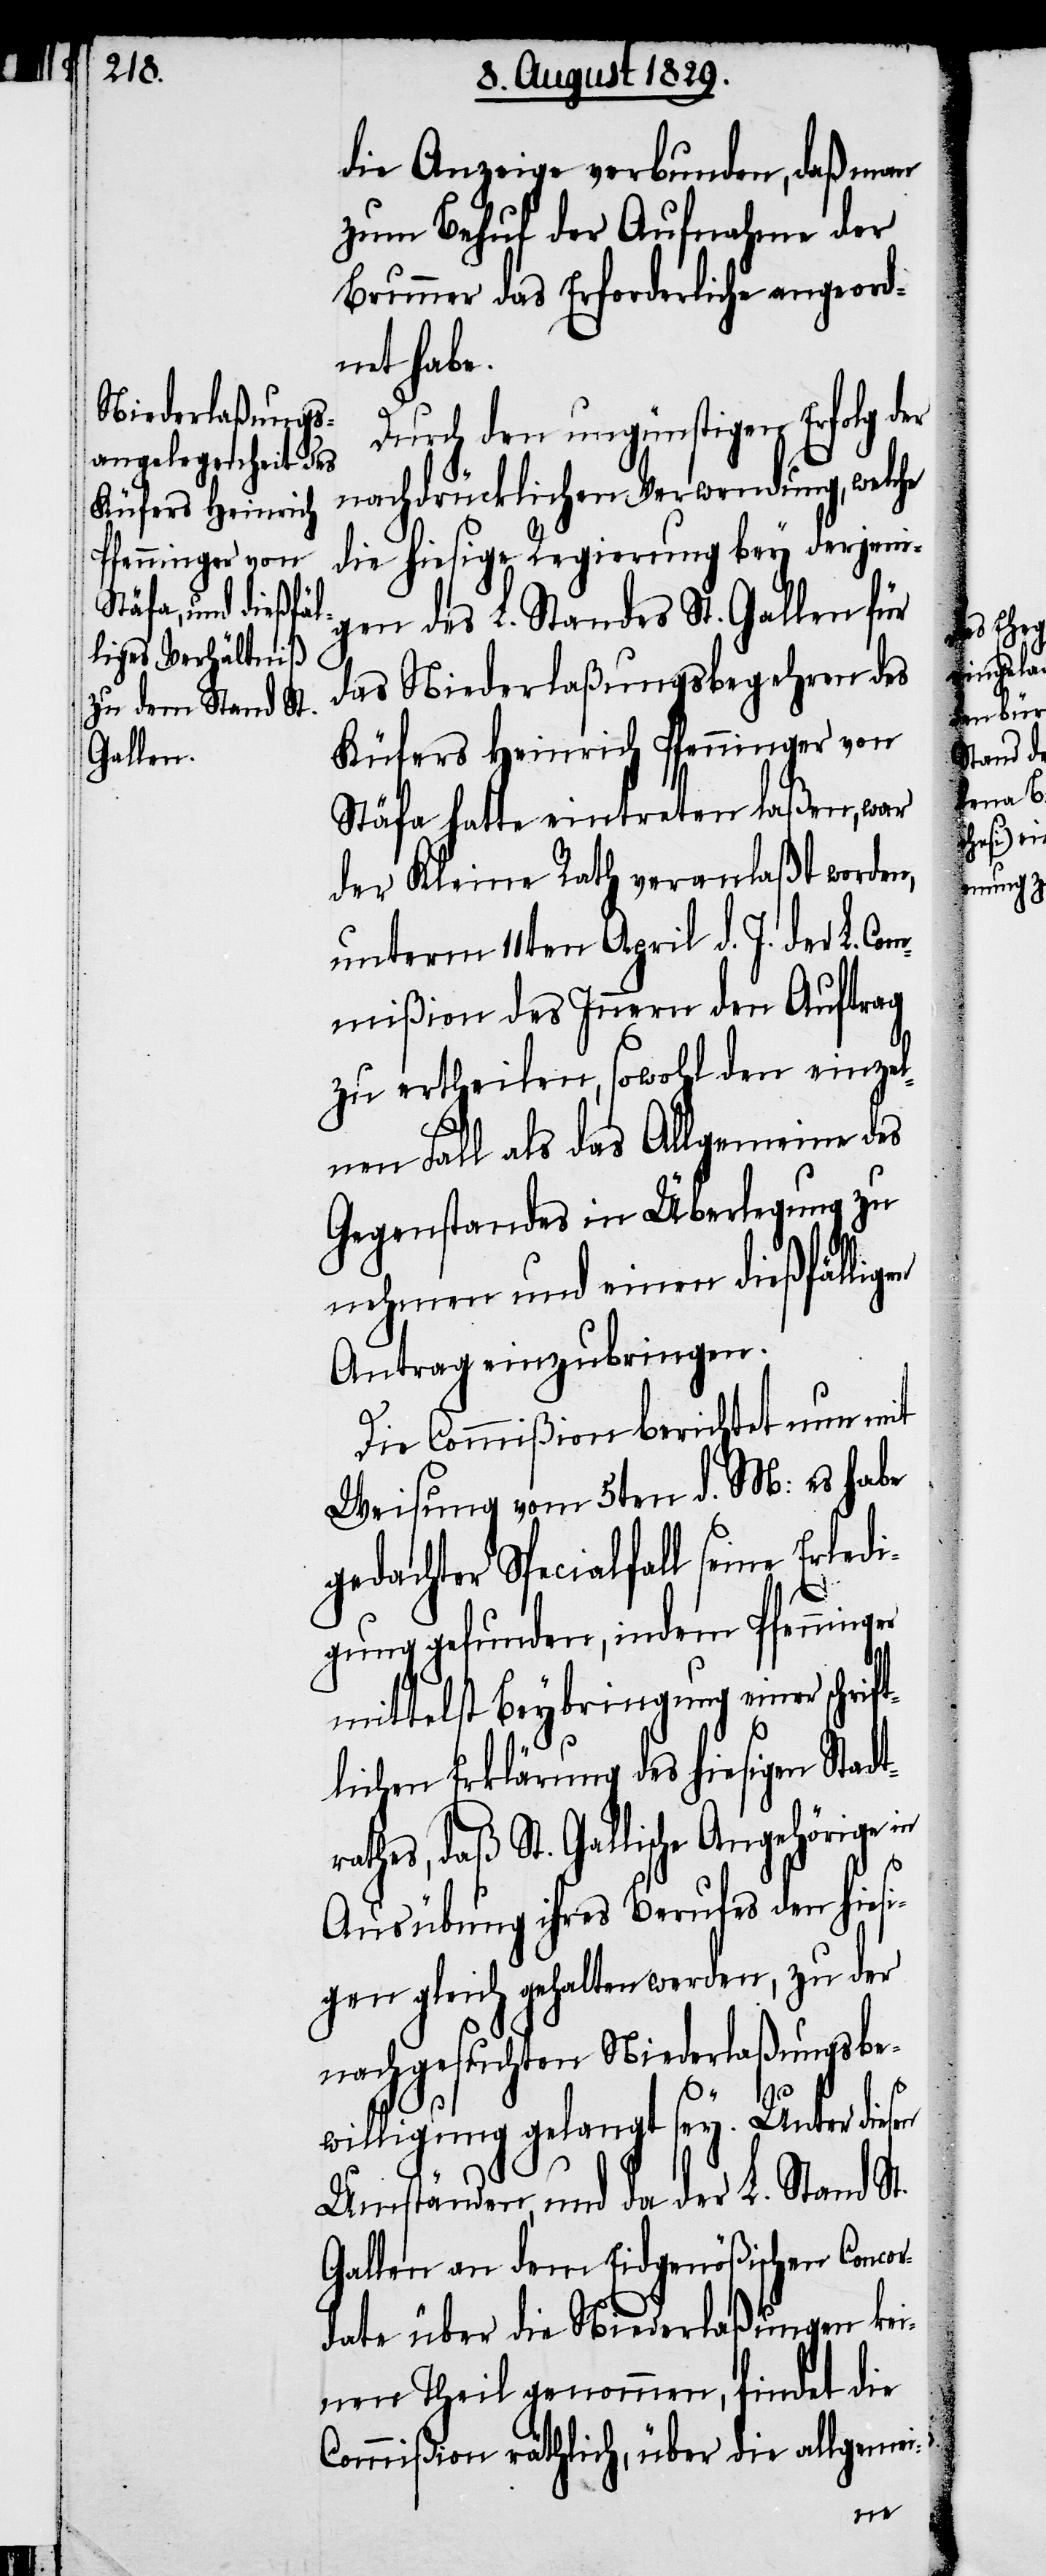
ra¬

die Anzeige verbunden, daß man
zum Behuf der Aufnahme der
Brunner das Erforderliche angeord¬
net habe.
Durch den ungünstigen Erfolg d¬
nachdrücklichen Verwendung, welche
die hiesige Regierung bey derjeni¬
gen des L. Standes St. Gallen für
das Niederlaßungsbegehren des
Küfers Heinrich Pfenninger von
Stäfa hatte eintreten laßen, war
der Kleine Rath veranlaßt worden,
unterm 11ten April d. J. der L. Com¬
mißion des Innern den Auftrag
zu ertheilen, sowohl den einzel¬
nen Fall als das Allgemeine des
Gegenstandes in Überlegung zu
nehmen und einen dießfälligen
Antrag einzubringen.
Die Commißion berichtet nun mit
Weisung vom 5ten d. M: es habe
gedachter Specialfall seine Erledi¬
gung gefunden, indem Pfennin¬
mittelst Beybringung einer schri¬
ftlichen Erklärung des hiesigen Stadt¬
thes, daß St. Gallische Angehörige
Ausübung ihres Berufes den hiesi¬
gen gleich gehalten werden, zu der
nachgesuchten Niederlaßungsbe¬
er
ger
willigung gelangt sey. Unter diesen
Umständen, und da der L. Stand St.
Gallen an dem Eidgenößischen Concor¬
date über die Niederlaßungen kei¬
nen Theil genommen, findet die
Commißion räthlich, über die allgeme¬
i-